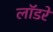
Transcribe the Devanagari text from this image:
लॉडरे